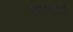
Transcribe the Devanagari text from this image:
रुम्माह